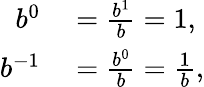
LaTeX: \begin{array}{rl}{b^{0}}&{{}={\frac{b^{1}}{b}}=1,}\\ {b^{-1}}&{{}={\frac{b^{0}}{b}}={\frac{1}{b}},}\end{array}